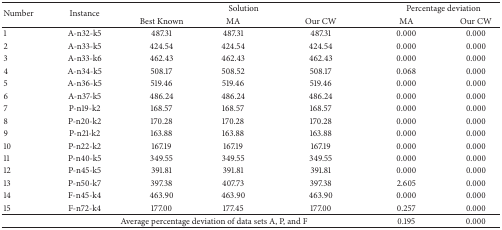
<table><thead><tr><td rowspan="2"><b>Number</b></td><td rowspan="2"><b>Instance</b></td><td colspan="3"><b>Solution</b></td><td colspan="2"><b>Percentage deviation</b></td></tr><tr><td><b>Best Known</b></td><td><b>MA</b></td><td><b>Our CW</b></td><td><b>MA</b></td><td><b>Our CW</b></td></tr></thead><tbody><tr><td>1</td><td>A-n32-k5</td><td>487.31</td><td>487.31</td><td>487.31</td><td>0.000</td><td>0.000</td></tr><tr><td>2</td><td>A-n33-k5</td><td>424.54</td><td>424.54</td><td>424.54</td><td>0.000</td><td>0.000</td></tr><tr><td>3</td><td>A-n33-k6</td><td>462.43</td><td>462.43</td><td>462.43</td><td>0.000</td><td>0.000</td></tr><tr><td>4</td><td>A-n34-k5</td><td>508.17</td><td>508.52</td><td>508.17</td><td>0.068</td><td>0.000</td></tr><tr><td>5</td><td>A-n36-k5</td><td>519.46</td><td>519.46</td><td>519.46</td><td>0.000</td><td>0.000</td></tr><tr><td>6</td><td>A-n37-k5</td><td>486.24</td><td>486.24</td><td>486.24</td><td>0.000</td><td>0.000</td></tr><tr><td>7</td><td>P-n19-k2</td><td>168.57</td><td>168.57</td><td>168.57</td><td>0.000</td><td>0.000</td></tr><tr><td>8</td><td>P-n20-k2</td><td>170.28</td><td>170.28</td><td>170.28</td><td>0.000</td><td>0.000</td></tr><tr><td>9</td><td>P-n21-k2</td><td>163.88</td><td>163.88</td><td>163.88</td><td>0.000</td><td>0.000</td></tr><tr><td>10</td><td>P-n22-k2</td><td>167.19</td><td>167.19</td><td>167.19</td><td>0.000</td><td>0.000</td></tr><tr><td>11</td><td>P-n40-k5</td><td>349.55</td><td>349.55</td><td>349.55</td><td>0.000</td><td>0.000</td></tr><tr><td>12</td><td>P-n45-k5</td><td>391.81</td><td>391.81</td><td>391.81</td><td>0.000</td><td>0.000</td></tr><tr><td>13</td><td>P-n50-k7</td><td>397.38</td><td>407.73</td><td>397.38</td><td>2.605</td><td>0.000</td></tr><tr><td>14</td><td>F-n45-k4</td><td>463.90</td><td>463.90</td><td>463.90</td><td>0.000</td><td>0.000</td></tr><tr><td>15</td><td>F-n72-k4</td><td>177.00</td><td>177.45</td><td>177.00</td><td>0.257</td><td>0.000</td></tr><tr><td> </td><td colspan="4">Average percentage deviation of data sets A, P, and F</td><td>0.195</td><td>0.000</td></tr></tbody></table>